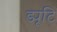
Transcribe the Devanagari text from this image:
ड्यूटि